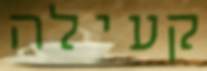
קעילה